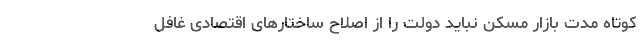
کوتاه مدت بازار مسکن نباید دولت را از اصلاح ساختارهای اقتصادی غافل